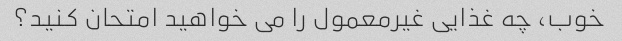
خوب، چه غذایی غیرمعمول را می خواهید امتحان کنید؟